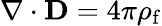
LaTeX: \nabla\cdot\mathbf{D}=4\pi\rho_{\mathrm{f}}